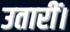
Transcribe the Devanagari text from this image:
उतारीं।